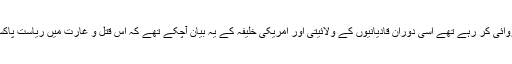
جس وقت پولیس کے جوان دہشت گردوں کے خلاف کاروائی کر رہے تھے اسی دوران قادیانیوں کے ولائیتی اور امریکی خلیفہ کے یہ بیان آچکے تھے کہ اس قتل و غارت میں ریاست پاکستان اور غیر قادیانیوں یعنی عام مسلمانوں کا قصور ہے۔